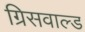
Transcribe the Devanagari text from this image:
ग्रिसवाल्ड